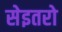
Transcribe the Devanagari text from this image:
सेइतरो